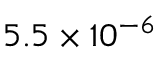
5 . 5 \times 1 0 ^ { - 6 }